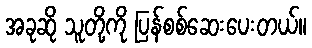
အခုဆို သူတို့ကို ပြန်စစ်ဆေးပေးတယ်။